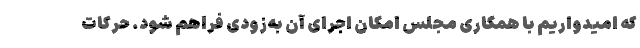
که امیدواریم با همکاری مجلس امکان اجرای آن به‌زودی فراهم شود. حرکات